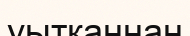
уытқаннан